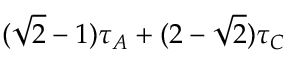
( \sqrt { 2 } - 1 ) \tau _ { A } + ( 2 - \sqrt { 2 } ) \tau _ { C }